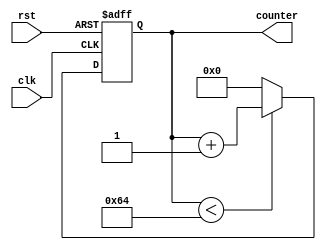
module counter(
    input clk,
    input rst,
    output reg [31:0] counter
);
always @(posedge clk or negedge rst) begin
    if (!rst) begin
        counter <= 1'b0;
    end else if(counter < 32'd100) begin           //100
        counter <= counter + 1'b1;
    end else begin
        counter <= 1'b0;
    end
end

endmodule